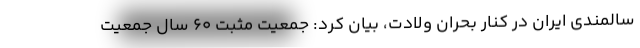
سالمندی ایران در کنار بحران ولادت، بیان کرد: جمعیت مثبت ۶۰ سال جمعیت